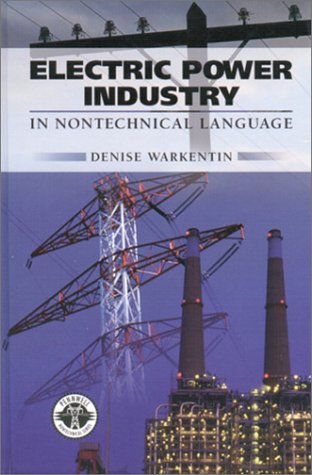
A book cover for Electric Power Industry: In Nontechnical Language (Pennwell Non-Technical); Denise Warkentin; Law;